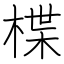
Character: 楪